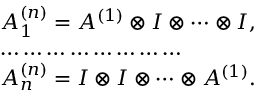
\begin{array} { l } { { A _ { 1 } ^ { ( n ) } = A ^ { ( 1 ) } \otimes I \otimes \cdots \otimes I , } } \\ { { \ldots \ldots \ldots \ldots \ldots \ldots \ldots \ldots } } \\ { { A _ { n } ^ { ( n ) } = I \otimes I \otimes \cdots \otimes A ^ { ( 1 ) } . } } \end{array}